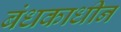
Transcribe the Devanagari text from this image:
बंधकाधीन